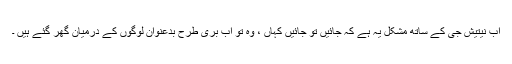
اب نیتیش جی کے ساتھ مشکل یہ ہے کہ جائیں تو جائیں کہاں ، وہ تو اب بری طرح بدعنوان لوگوں کے درمیان گھر گئے ہیں ۔